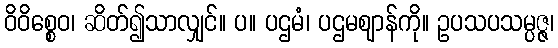
ဝိဝိစ္စေဝ၊ ဆိတ်၍သာလျှင်။ ပ။ ပဌမံ၊ ပဌမဈာန်ကို။ ဥပသပသမ္ပဇ္ဇ၊